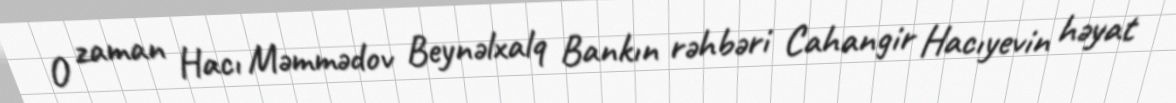
O zaman Hacı Məmmədov Beynəlxalq Bankın rəhbəri Cahangir Hacıyevin həyat